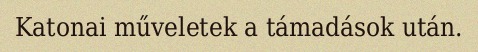
Katonai műveletek a támadások után.